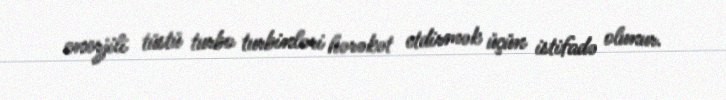
enerjili tüstü turbo turbinləri hərəkət etdirmək üçün istifadə olunur.